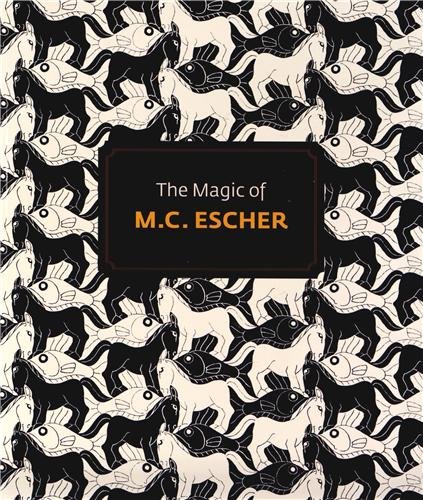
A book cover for The Magic of M.C. Escher; J L. Locher; Arts & Photography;